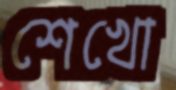
শেখো